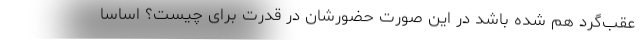
عقب‌گرد هم شده باشد در این صورت حضورشان در قدرت برای چیست؟ اساساً